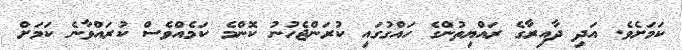
ކަމަށެވެ. އަދި ދާއިރާގެ ރައްޔިތުންގެ ހައްގުގައި ކުރަންޖެހުނު ކޮންމެ ކަމެއްވެސް ކުރައްވާނެ ކަމަށް